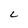
Character: L